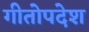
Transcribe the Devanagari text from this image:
गीतोपदेश